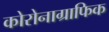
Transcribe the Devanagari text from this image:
कोरोनाग्राफिक